Suure-Kopu_vallavalitsus, lk 63
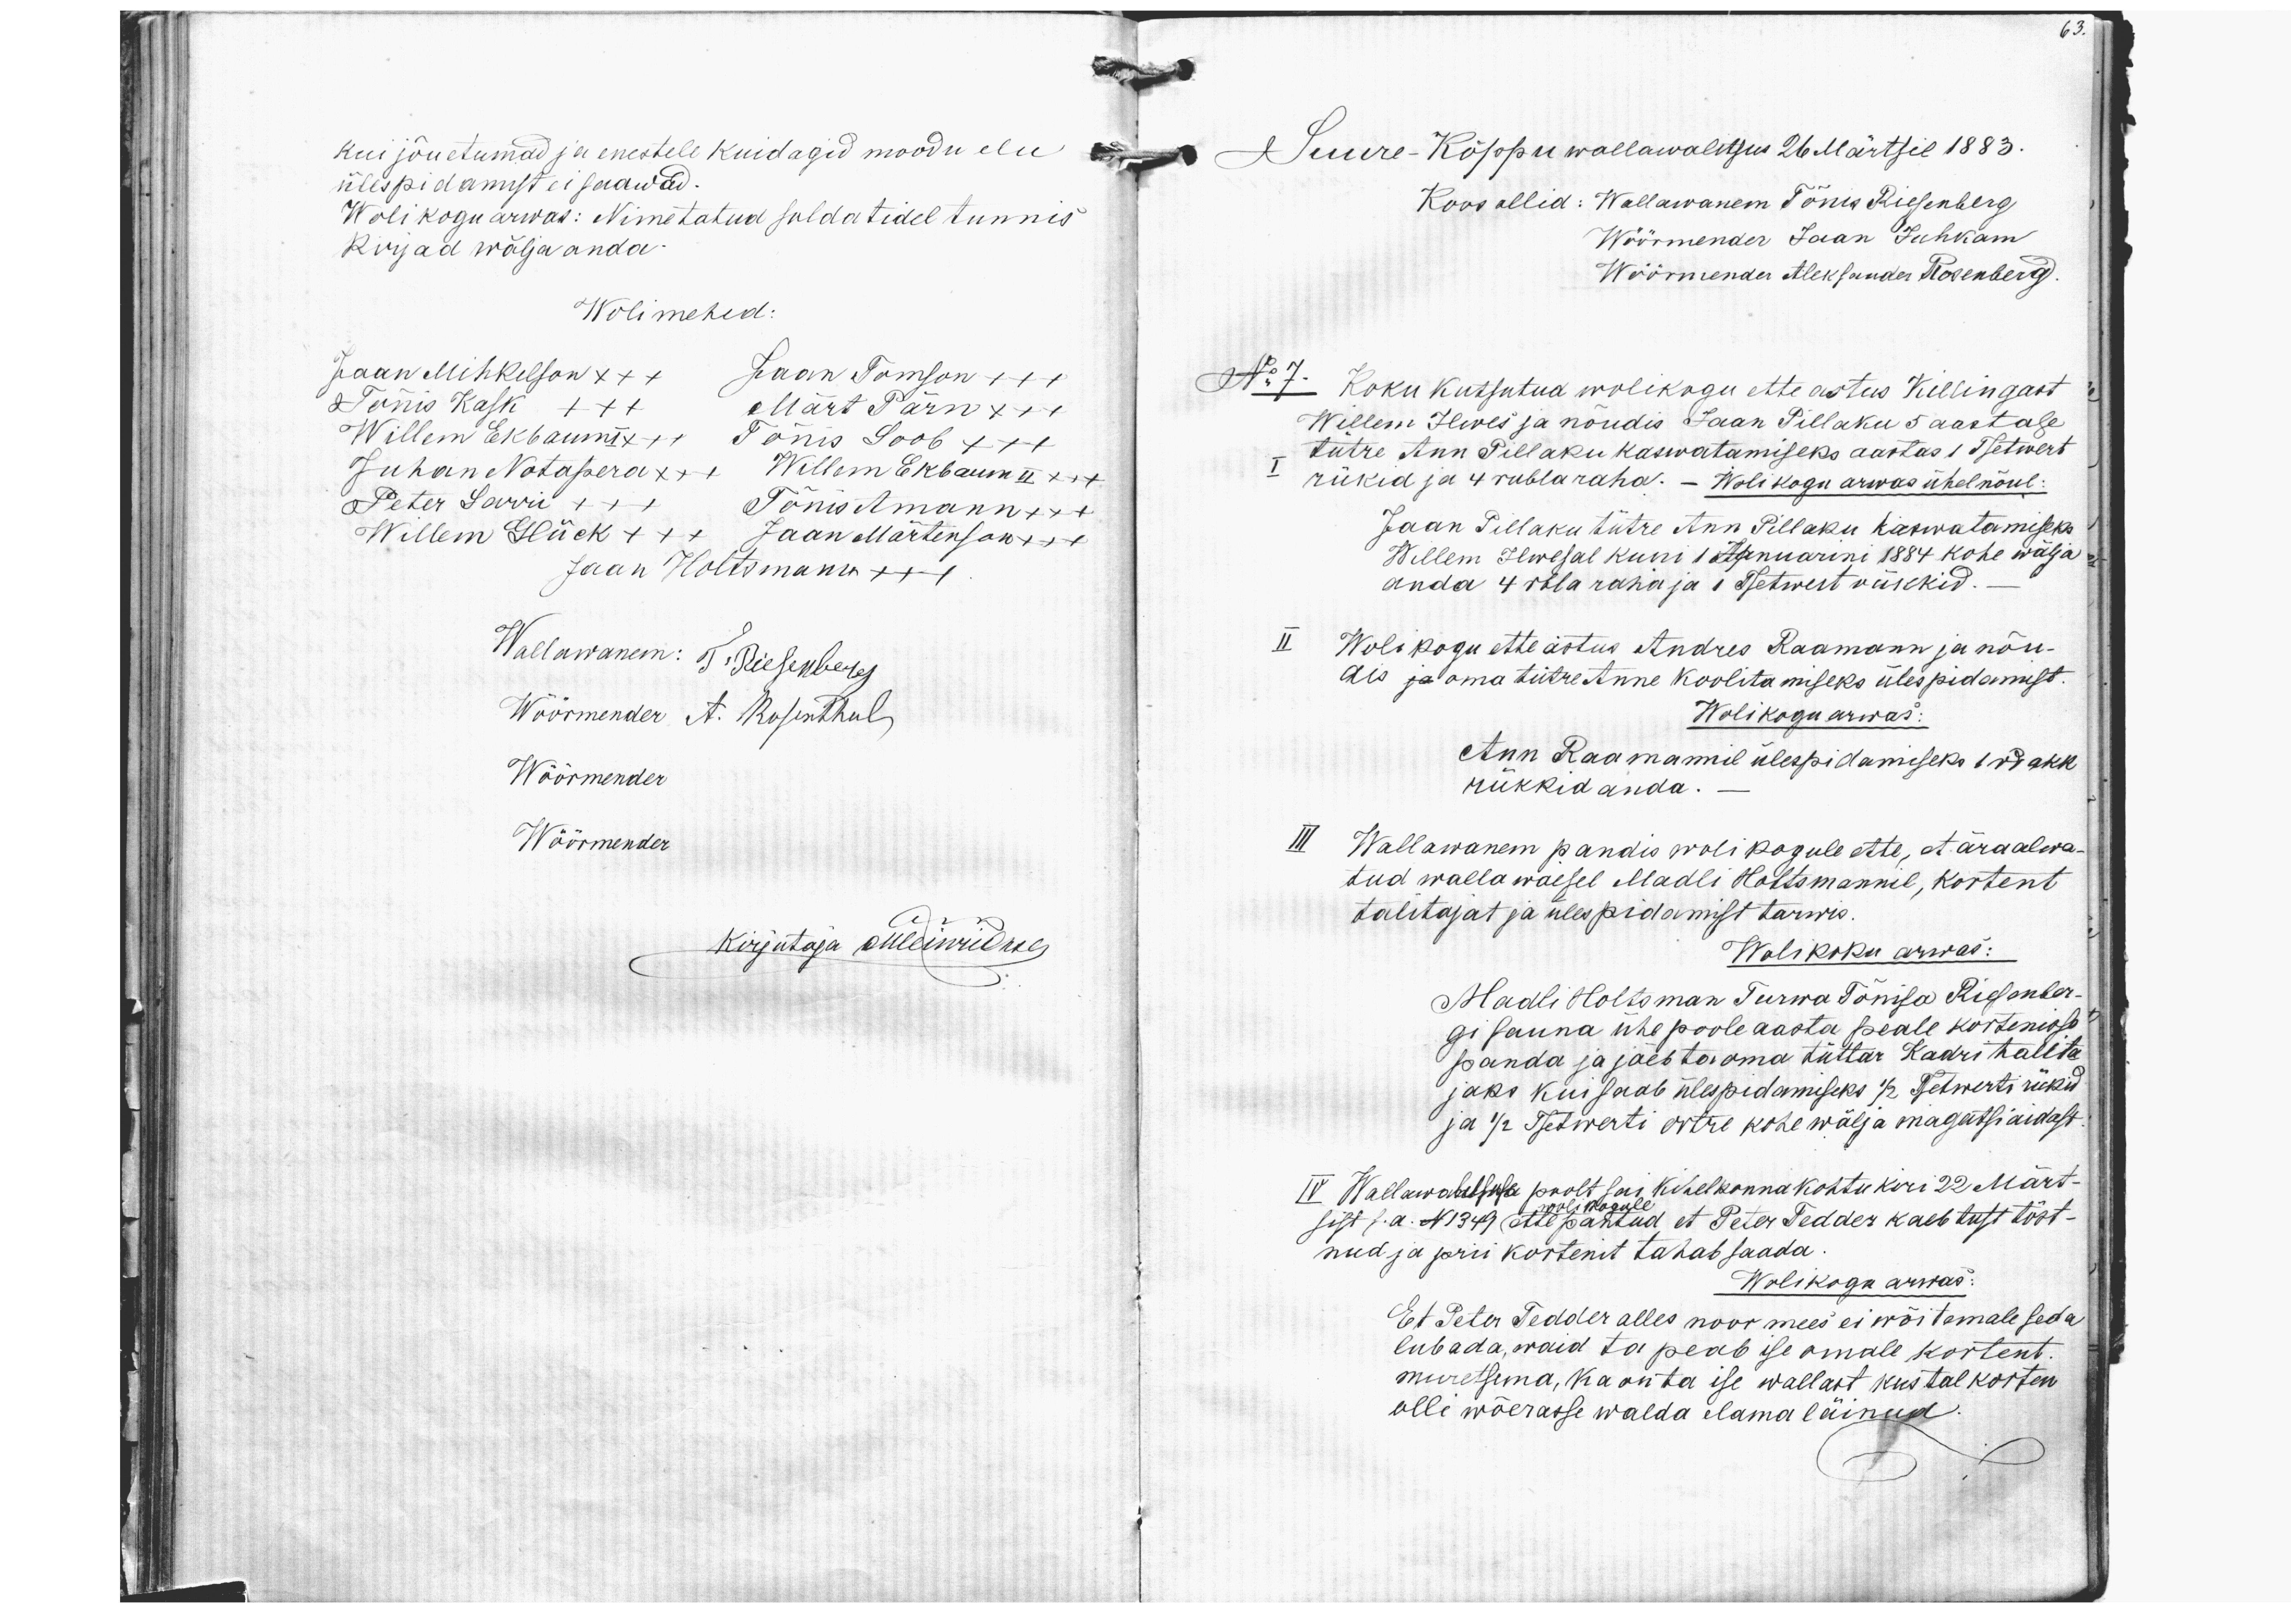
kui jõuetumad ja enestele kuidagid moodu elu
ülespidamist ei saawad.
Wolikogu arwas: Nimetatud soldatidel tunnis
Kirjad wälja anda-
Wolimehed:
Jaan Mihkelson x++ Jaan Tomson +++
Tõnis Kask +++ Märt Pärn x++
Willem Ekbaum I x++ Tõnis Soob xxx
Juhan Notapera xx+ Willem Ekbaum II x++
Peter Sarri +++ Tõnis Amann +x+
Willem Glück +++ Jaan Martenson x++
Jaan Holtsmann +++
Wallawanem: T. Riesenberg
Wöörmender A. Rosenthal
Wöörmenber
Wöörmenber
Kirjutaja Metsiwiid roes

63.
Suure-Kõppu wallawalitsus 26 Märtsil 1883.
Koos ollid: Wallawanem Tõnis Riesenberg
Wöörmender Jaan Juhkam
Wöörmender Aleksander Rosenberg.
Nr 7. Koku kutsutud wolikogu ette astus Killingast
Willem Ilves ja nõudis Jaan Pillaku 5 aastase
I
tütre Ann Pillaku kaswatamiseks aastas 1 Tsetwert
rükid ja 4 rubla raha. - Wolikogu arwas ühel nõul:
Jaan Pillaku tütre Ann Pillaku kaswatamiseks
Willem Ilwesal kuni 1 Jaanuarini 1884 kohe wälja.
anda 4 rbla raha ja 1 Tsetwert rükkid.
Wolikogu ette astus Andres Raamann ja nõu-
dis ja oma tütre Anne koolitamiseks ülespidamist.
Wolikogu arwas:
Ann Raamannil ülespidamiseks 1 wakk
rükkid anda.
III Wallawanem pandis wolikogule ette, et ära alwa
tud wallawaesel Madli Holtsmannil, kortert
talitajat ja ülespidamist tarwis.
Wolikoku arwas:
Madli Holtsman Turwa Tõnisa Riesenber-
gi sauna ühe poole aasta peale korterisse
panda ja jäeb ta oma tüttar Kadri tallita
jaks kui saab ülespidamiseks 1/2 Tsetwerti rükid
ja 1/2 Tsetwerti ortre kohe wälja magatsiaidast
IV Wallawalitsuse poolt sai Kihelkonnakohtu kiri 22 Märt-
wolikogule
sist s.a. No 1349 ettepantud et Peter Tedder kaebtust tõst-
nud ja prii kortenit tahab saada.
Wolikogu arwas:
Et Peter Tedder alles noor mees ei wõi temale seda
lubada, waid ta peab ise omale kortent
muretsema, ka on ta ise wallast kus tal korten
olli wõerasse walda elama läinud